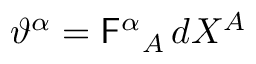
\vartheta ^ { \alpha } = \mathsf { F } ^ { \alpha } { } _ { A } \, d X ^ { A }